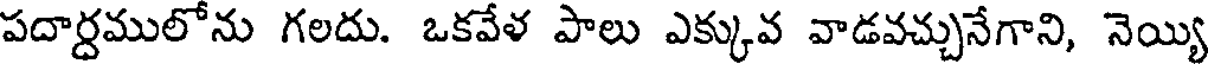
పదార్ధములోను గలదు. ఒకవేళ పాలు ఎక్కువ వాడవచ్చునేగాని, నెయ్యి